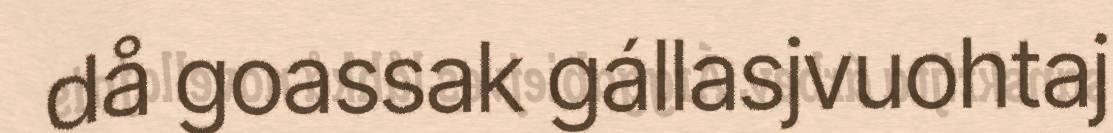
då goassak gállasjvuohtaj